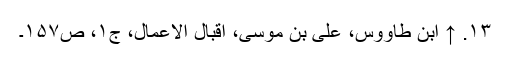
۱۳. ↑ ابن طاووس، علی بن موسی، اقبال الاعمال، ج‌۱، ص‌۱۵۷۔